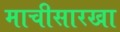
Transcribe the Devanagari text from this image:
माचीसारखा